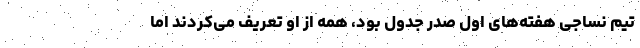
تیم نساجی هفته‌های اول صدر جدول بود، همه از او تعریف می‌کردند اما